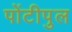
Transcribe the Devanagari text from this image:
पोंटीपुल